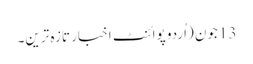
13 جون (اُردو پوائنٹ اخبار تازہ ترین۔